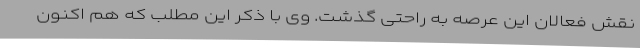
نقش فعالان این عرصه به راحتی گذشت. وی با ذکر این مطلب که هم اکنون